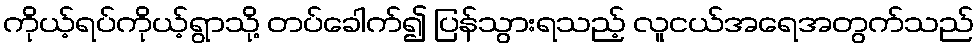
ကိုယ့်ရပ်ကိုယ့်ရွာသို့ တပ်ခေါက်၍ ပြန်သွားရသည့် လူငယ်အရေအတွက်သည်